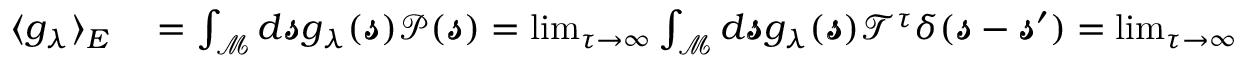
\begin{array} { r l } { \langle g _ { \lambda } \rangle _ { E } } & { { } = \int _ { \mathcal { M } } d \pmb { \mathscr { s } } g _ { \lambda } ( \pmb { \mathscr { s } } ) \mathscr { P } ( \pmb { \mathscr { s } } ) = \operatorname* { l i m } _ { \tau \rightarrow \infty } \int _ { \mathcal { M } } d \pmb { \mathscr { s } } g _ { \lambda } ( \pmb { \mathscr { s } } ) \mathscr { T } ^ { \tau } \delta ( \pmb { \mathscr { s } } - \pmb { \mathscr { s } } ^ { \prime } ) = \operatorname* { l i m } _ { \tau \rightarrow \infty } e ^ { \lambda \tau } g _ { \lambda } ( \pmb { \mathscr { s } } ^ { \prime } ) = 0 } \end{array}